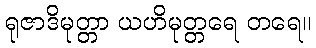
ရုဇာဒိမုတ္တာ ယဟိမုတ္တရေ တရေ။